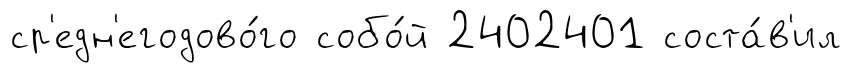
ср'едн'егодово́го собо́й 2402401 соста́в'ил